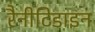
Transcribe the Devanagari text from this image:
रैनीटिडाइन